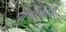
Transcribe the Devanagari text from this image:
ब्रेण्टफोर्ड